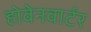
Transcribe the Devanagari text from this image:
होवेनवार्टर